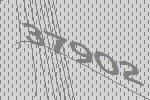
37902